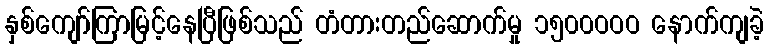
နှစ်ကျော်ကြာမြင့်နေပြီဖြစ်သည် တံတားတည်ဆောက်မှု ၁၅၀၀ဝဝဝ နောက်ကျခဲ့